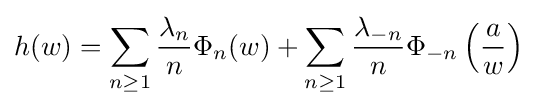
h(w)=\sum _{n\geq 1}{\frac {\lambda _{n}}{n}}\Phi _{n}(w)+\sum _{n\geq 1}{\frac {\lambda _{-n}}{n}}\Phi _{-n}\left({\frac {a}{w}}\right)